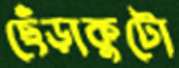
ছেঁড়াকুটো